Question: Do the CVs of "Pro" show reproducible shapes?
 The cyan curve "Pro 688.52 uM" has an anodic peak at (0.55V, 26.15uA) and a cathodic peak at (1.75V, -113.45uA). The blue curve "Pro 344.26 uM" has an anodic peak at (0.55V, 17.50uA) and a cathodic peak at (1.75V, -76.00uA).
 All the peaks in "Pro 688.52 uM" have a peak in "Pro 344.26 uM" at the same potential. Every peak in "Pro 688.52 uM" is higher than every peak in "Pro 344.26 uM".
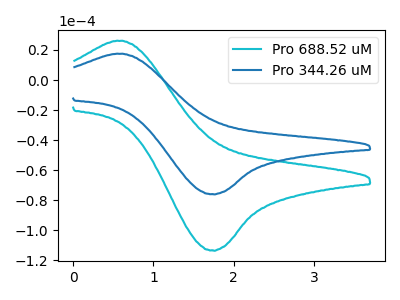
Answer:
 <answer>All the CV's of "Pro" have similar shape.</answer>
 <eval>follow_rule</eval>